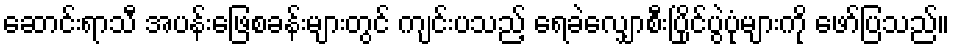
ဆောင်းရာသီ အပန်းဖြေစခန်းများတွင် ကျင်းပသည့် ရေခဲလျှောစီးပြိုင်ပွဲပုံများကို ဖော်ပြသည်။